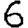
Digit: 6